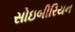
સોઇબીરિયન